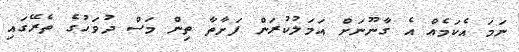
ނަމަ އެކަމެއް އެ ގާނޫނަށް އަމަލުކުރަން ފަށާތާ ތިން މަސް ދުވަހުގެ ތެރޭގައި